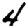
Digit: 4